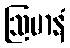
ဩမာနံ